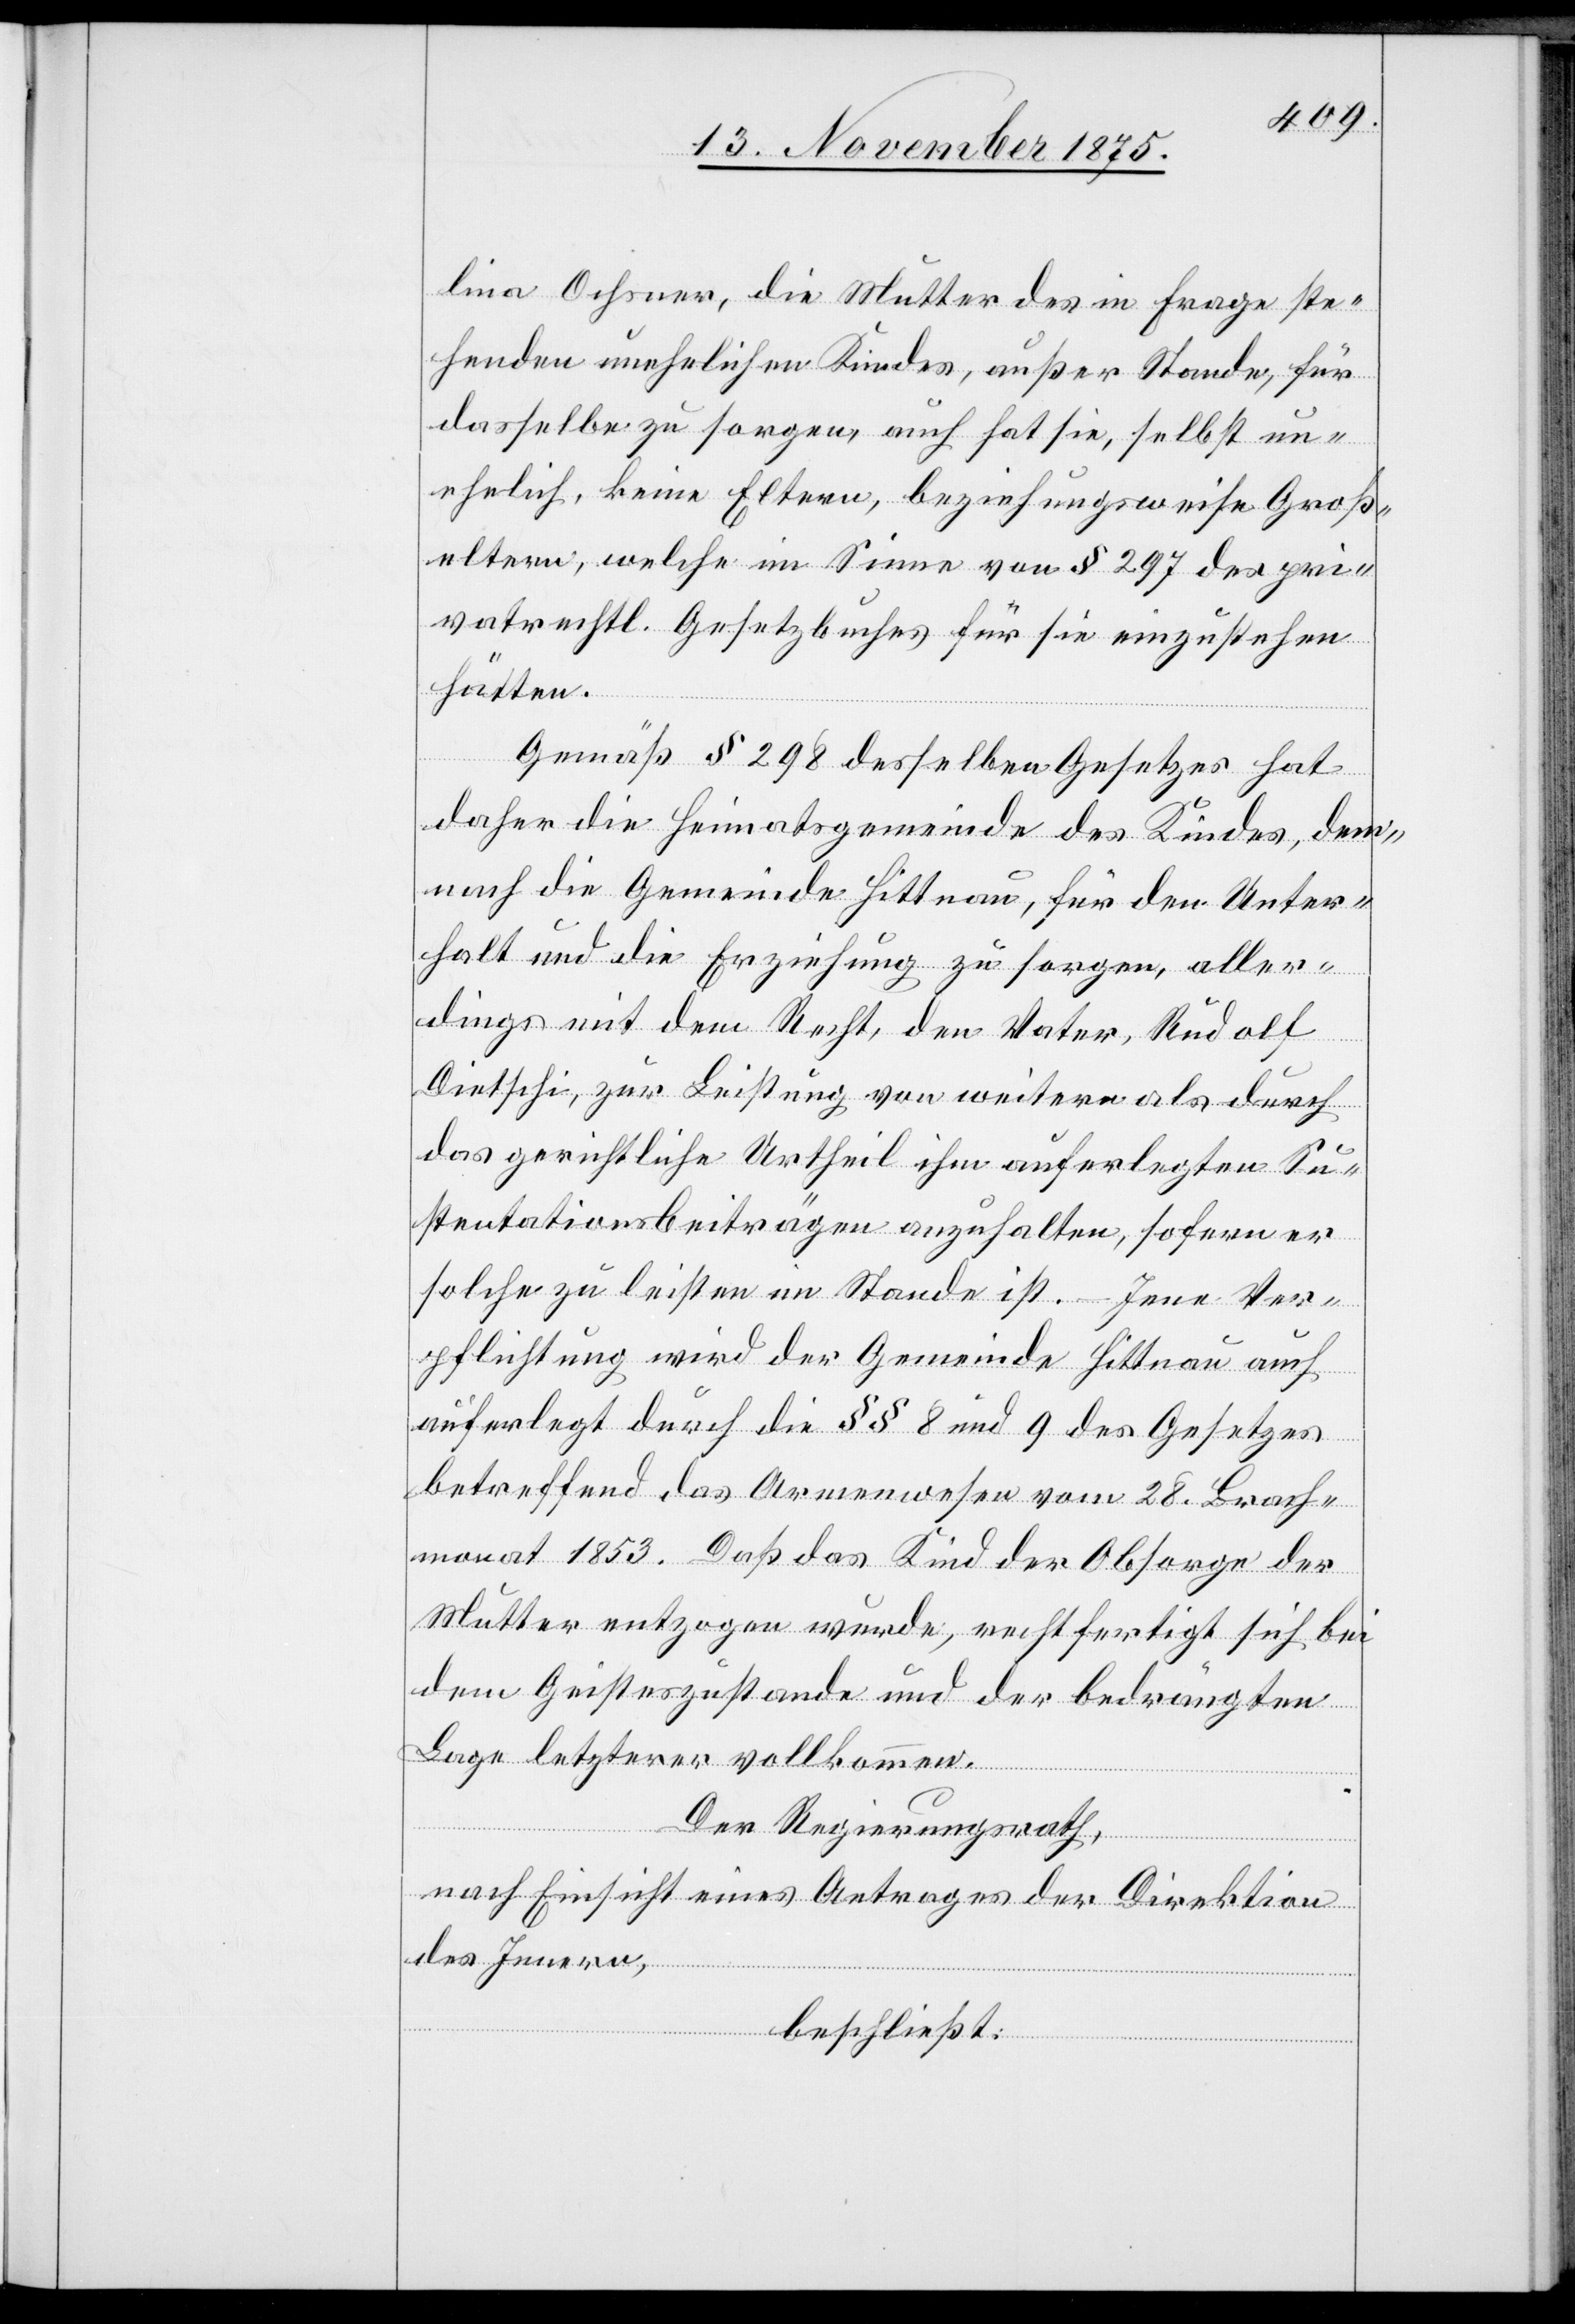
lina Ochsner, die Mutter des in Frage ste¬
henden unehelichen Kindes, außer Stande, für
dasselbe zu sorgen, auch hat sie, selbst un¬
ehelich, keine Eltern, beziehungsweise Groß¬
eltern, welche im Sinne von § 297 des pri¬
vatrechtl. Gesetzbuches für sie einzustehen
hätten.
Gemäß § 298 desselben Gesetzes hat
daher die Heimatsgemeinde des Kindes, dem¬
nach die Gemeinde Hittnau, für den Unter¬
halt und die Erziehung zu sorgen, aller¬
dings mit dem Recht, den Vater, Rudolf
Dietschi, zur Leistung von weitern als durch
das gerichtliche Urtheil ihm auferlegten Su¬
stentationsbeiträgen anzuhalten, sofern er
solche zu leisten im Stande ist. – Jene Ver¬
pflichtung wird der Gemeinde Hittnau auch
auferlegt durch die §§ 8 und 9 des Gesetzes
betreffend das Armenwesen vom 28. Brach¬
monat 1853. Daß das Kind der Obsorge der
Mutter entzogen wurde, rechtfertigt sich bei
dem Geisteszustande und der bedrängten
Lage letzterer vollkommen.
Der Regierungsrath,
nach Einsicht eines Antrages der Direktion
des Innern,
beschließt: